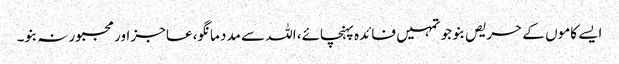
ایسے کاموں کے حریص بنو جو تمہیں فائدہ پہنچائے، اللہ سے مدد مانگو، عاجز اور مجبور نہ بنو۔